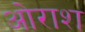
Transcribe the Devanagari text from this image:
ओराश